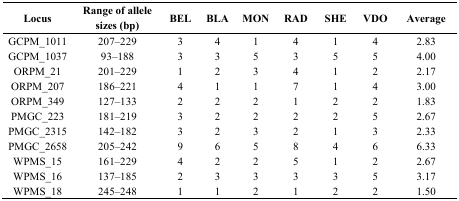
| Locus | Range of allele sizes (bp) | BEL | BLA | MON | RAD | SHE | VDO | Average |
 | --- | --- | --- | --- | --- | --- | --- | --- | --- |
 | GCPM_1011 | 207–229 | 3 | 4 | 1 | 4 | 1 | 4 | 2.83 |
 | GCPM_1037 | 93–188 | 3 | 3 | 5 | 3 | 5 | 5 | 4.00 |
 | ORPM_21 | 201–229 | 1 | 2 | 3 | 4 | 1 | 2 | 2.17 |
 | ORPM_207 | 186–221 | 4 | 1 | 1 | 7 | 1 | 4 | 3.00 |
 | ORPM_349 | 127–133 | 2 | 2 | 2 | 1 | 2 | 2 | 1.83 |
 | PMGC_223 | 181–219 | 3 | 2 | 2 | 2 | 2 | 5 | 2.67 |
 | PMGC_2315 | 142–182 | 3 | 2 | 3 | 2 | 1 | 3 | 2.33 |
 | PMGC_2658 | 205–242 | 9 | 6 | 5 | 8 | 4 | 6 | 6.33 |
 | WPMS_15 | 161–229 | 4 | 2 | 2 | 5 | 1 | 2 | 2.67 |
 | WPMS_16 | 137–185 | 2 | 3 | 3 | 3 | 3 | 5 | 3.17 |
 | WPMS_18 | 245–248 | 1 | 1 | 2 | 1 | 2 | 2 | 1.50 |